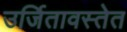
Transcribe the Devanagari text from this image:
उर्जितावस्तेत